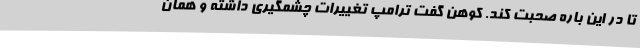
تا در این باره صحبت کند. کوهن گفت ترامپ تغییرات چشمگیری داشته و همان